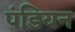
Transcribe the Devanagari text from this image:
पंडियन